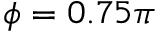
\phi = 0 . 7 5 \pi